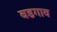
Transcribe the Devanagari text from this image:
बडगाव